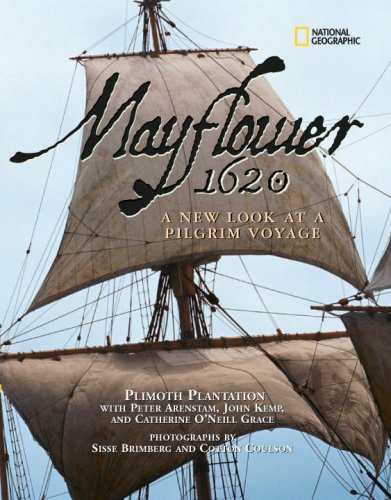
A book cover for Mayflower 1620: A New Look at a Pilgrim Voyage; Plimoth Plantation; Children's Books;